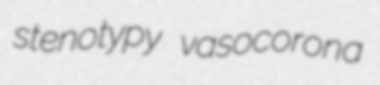
stenotypy vasocorona